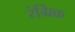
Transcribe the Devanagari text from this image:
रंग्रिक